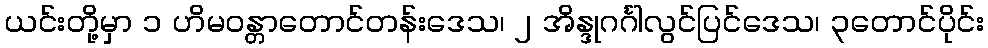
ယင်းတို့မှာ ၁ ဟိမဝန္တာတောင်တန်းဒေသ၊ ၂ အိန္ဒုဂင်္ဂါလွင်ပြင်ဒေသ၊ ၃တောင်ပိုင်း